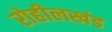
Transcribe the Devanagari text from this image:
रोहीलखंड